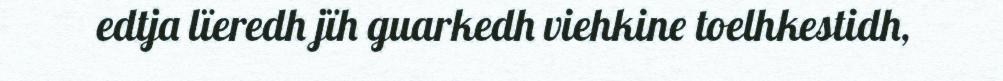
edtja lïeredh jïh guarkedh viehkine toelhkestidh,